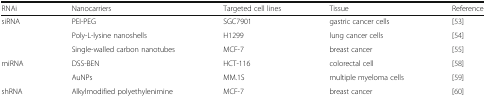
<table><thead><tr><td><b>RNAi</b></td><td><b>Nanocarriers</b></td><td><b>Targeted cell lines</b></td><td><b>Tissue</b></td><td><b>Reference</b></td></tr></thead><tbody><tr><td rowspan="3">siRNA</td><td>PEI-PEG</td><td>SGC7901</td><td>gastric cancer cells</td><td>[53]</td></tr><tr><td>Poly-L-lysine nanoshells</td><td>H1299</td><td>lung cancer cells</td><td>[54]</td></tr><tr><td>Single-walled carbon nanotubes</td><td>MCF-7</td><td>breast cancer</td><td>[55]</td></tr><tr><td rowspan="2">miRNA</td><td>DSS-BEN</td><td>HCT-116</td><td>colorectal cell</td><td>[58]</td></tr><tr><td>AuNPs</td><td>MM.1S</td><td>multiple myeloma cells</td><td>[59]</td></tr><tr><td>shRNA</td><td>Alkylmodified polyethylenimine</td><td>MCF-7</td><td>breast cancer</td><td>[60]</td></tr></tbody></table>